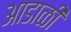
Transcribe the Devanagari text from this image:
आडाळी